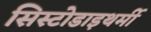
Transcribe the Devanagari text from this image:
सिस्टोडाइथर्मी